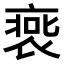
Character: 𧚹